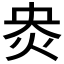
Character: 𰞄